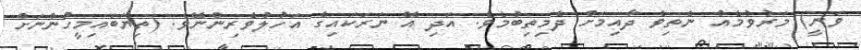
ވަނީ) މަރުވުމެއް ނެތިވެ ދާއިމަށް ދެމިތިބުމެވެ. އަދި އޭ ނަރަކައިގެ އަހުލުވެރިންނޭވެ. (ތިޔަބައިމީހުންނަށް